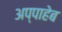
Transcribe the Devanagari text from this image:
अप्पाहेब